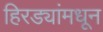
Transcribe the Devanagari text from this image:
हिरड्यांमधून